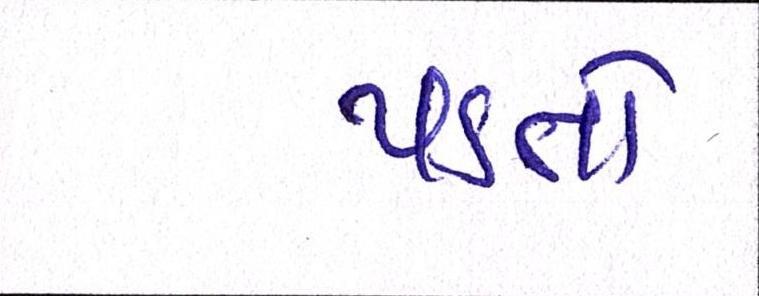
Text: પડતો